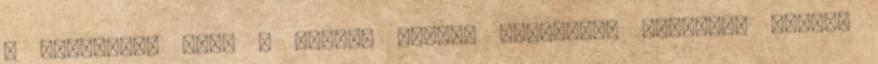
a kötetből, mert a szavak erejét Krisztián leírásai adják,